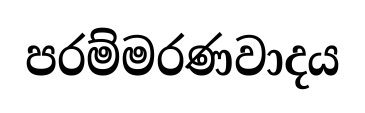
පරම්මරණවාදය